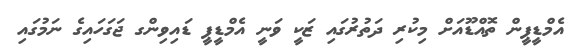
އެމްޑީޕީން ތޮއްޑޫއަށް މިކުރި ދަތުރުގައި ޒަކީ ވަނީ އެމްޑީޕީ ޑައިވިންގ ޖަގަހައިގެ ނަމުގައި